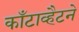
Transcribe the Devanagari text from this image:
काँटाव्हैटने